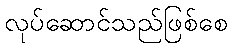
လုပ်ဆောင်သည်ဖြစ်စေ